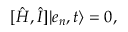
[ \hat { H } , \hat { I } ] \vert e _ { n } , t \rangle = 0 ,